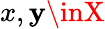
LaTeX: x,\mathbf{y}\inX